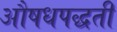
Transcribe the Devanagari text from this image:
औषधपद्धती